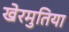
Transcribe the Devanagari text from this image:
खेरमुतिया